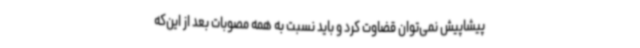
پیشاپیش نمی‌توان قضاوت کرد و باید نسبت به همه مصوبات بعد از این‌که